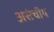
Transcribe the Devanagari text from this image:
असंचीय